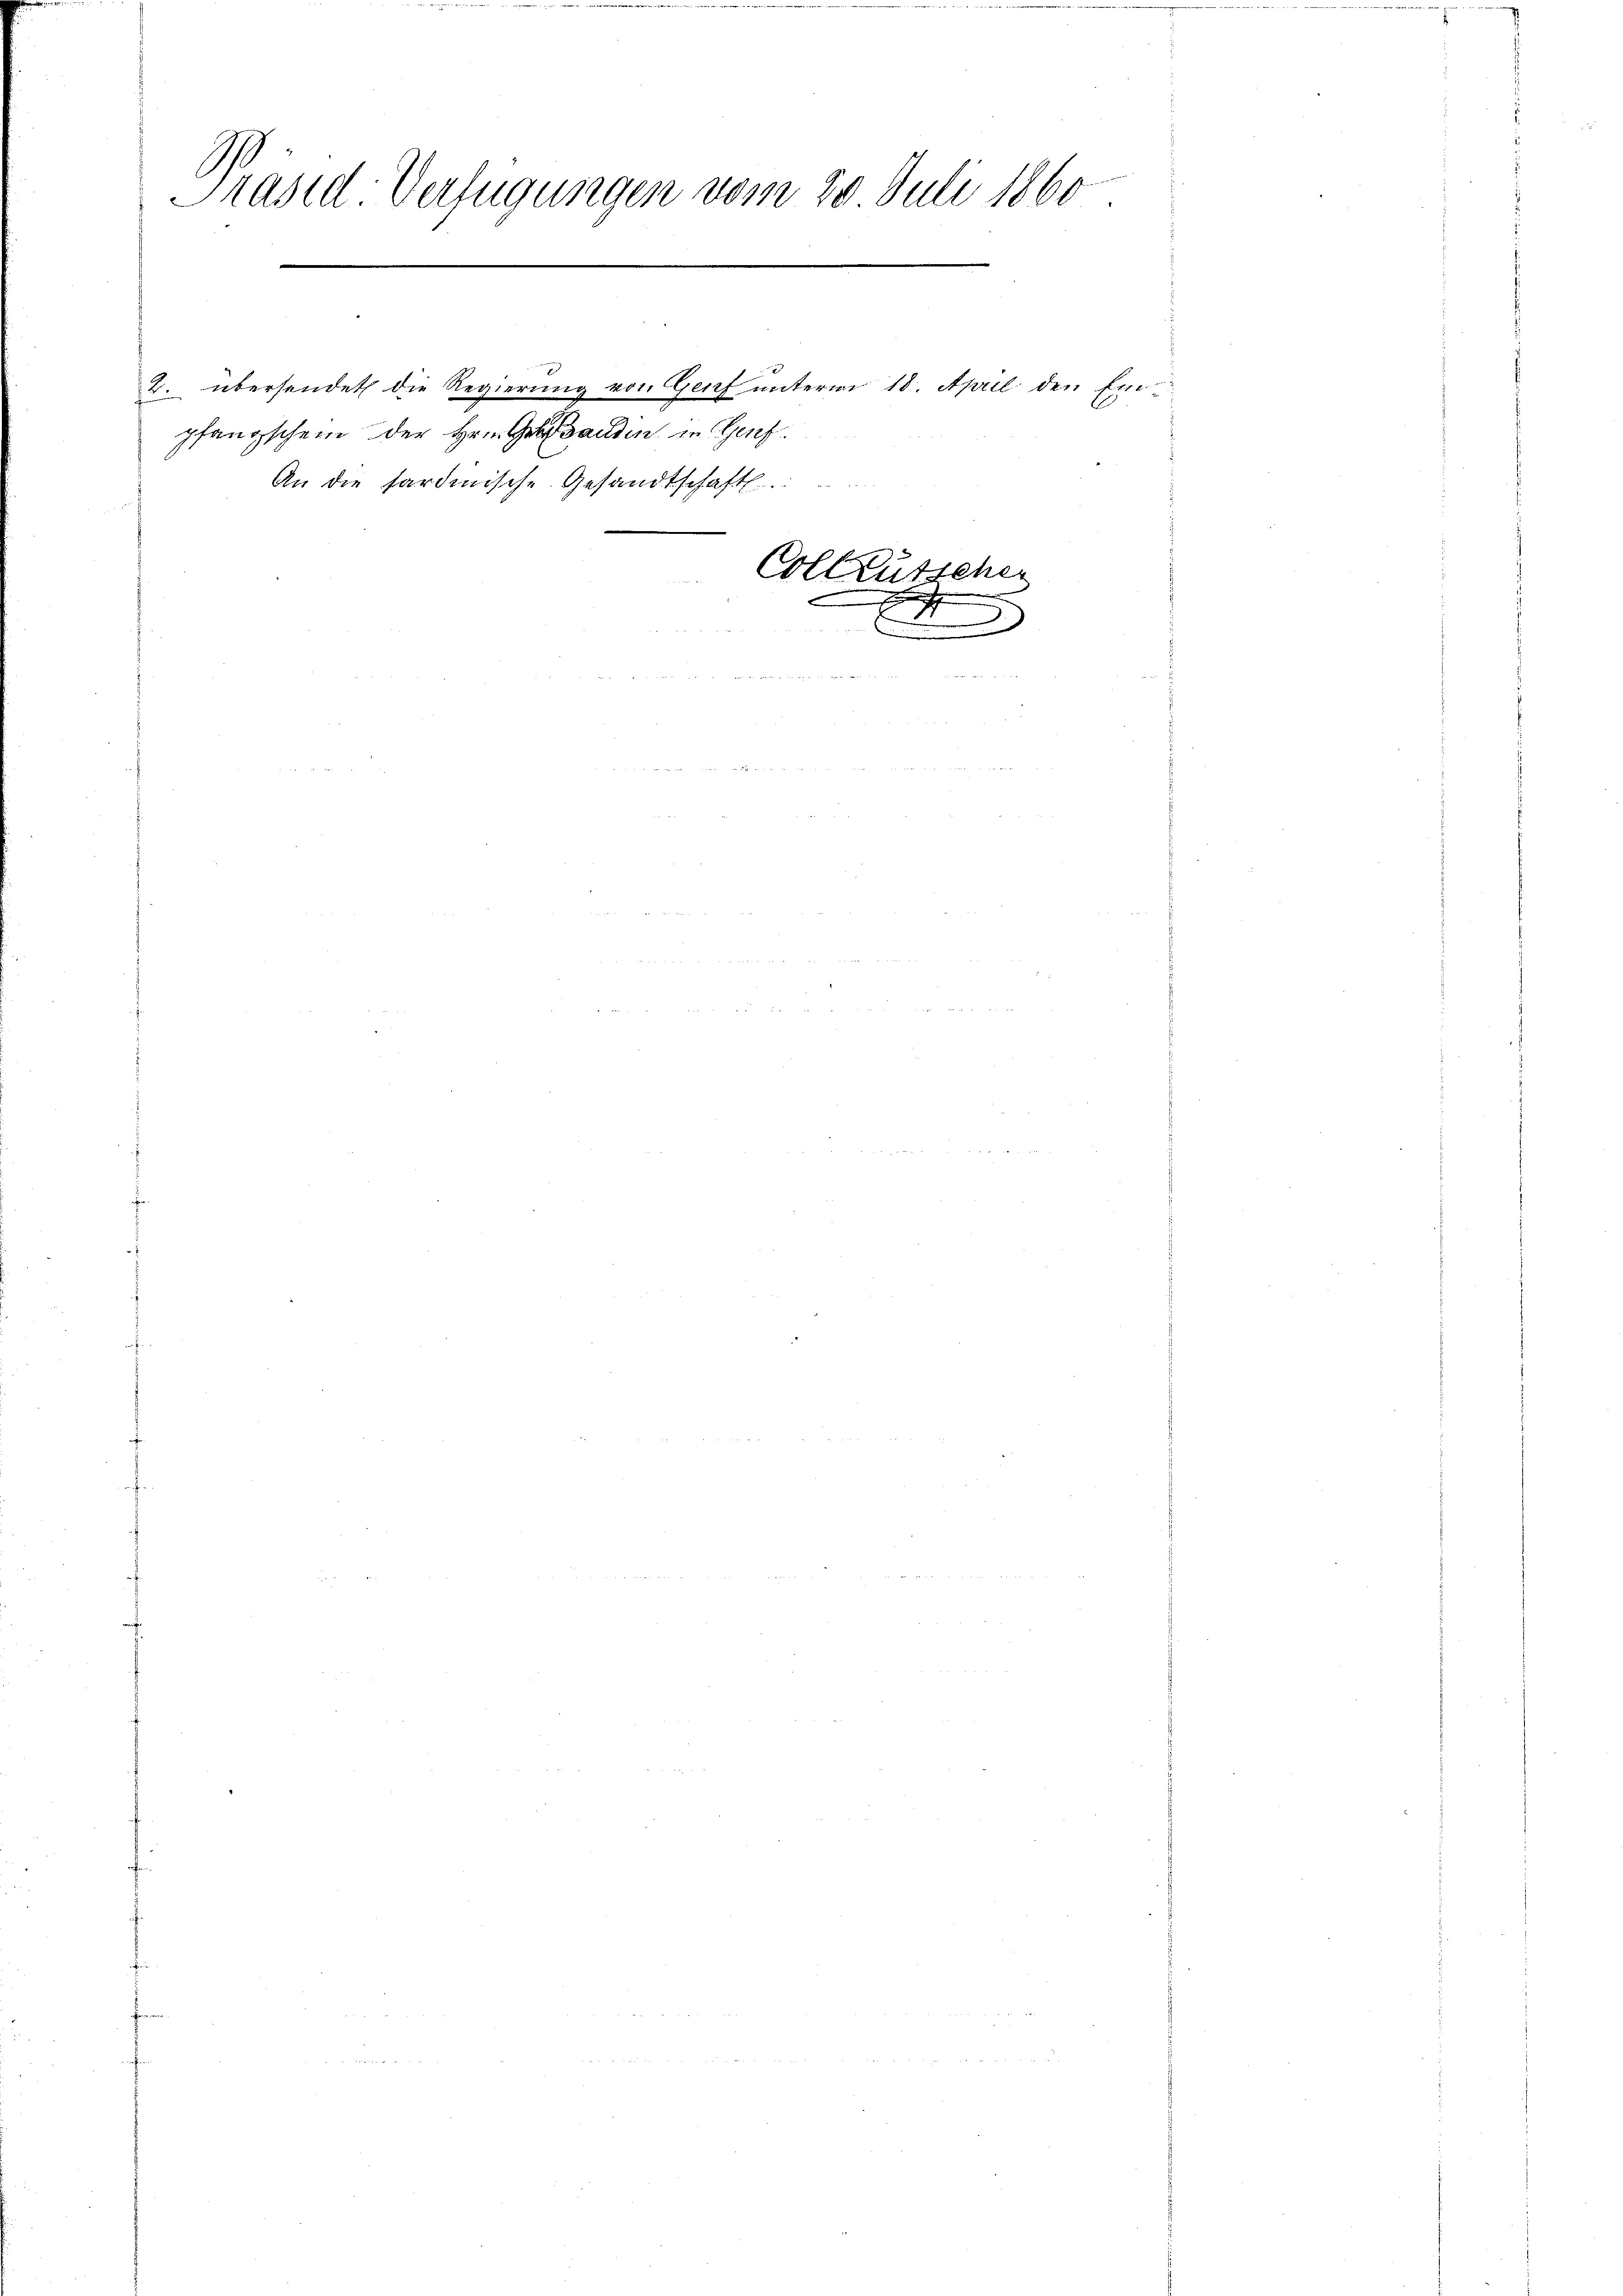
Präsid Verfügungen vom 20. Juli 1860

pfangschein der Hrn. Gesanden in Genf.

An die Sardinische Gesandtschaft.

2. übersendet die Regierung von Genf unterm 18. April den Ein¬

ker
Colleute

9